Problem: 1 + 2 = ?
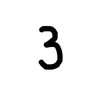
Handwritten answer: 3